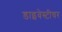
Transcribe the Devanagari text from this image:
डाइवेस्टीचर